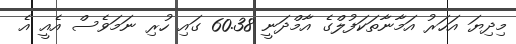
މިދިޔަ އަހަރު އަމާނާތަކަފުލްގެ އާމްދަނީ 60.38 ގައި ހުރި ނަމަވެސް އެއީ އެ